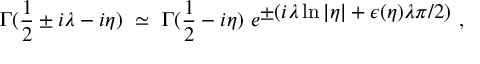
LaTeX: \Gamma ( \frac { 1 } { 2 } \pm i \lambda - i \eta ) \ \simeq \ \Gamma ( \frac { 1 } { 2 } - i \eta ) \ e ^ { { \displaystyle \pm ( i \lambda \ln \vert \eta \vert + \epsilon ( \eta ) \lambda \pi / 2 ) } } \ ,